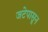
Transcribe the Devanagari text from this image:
जटेपासून